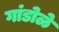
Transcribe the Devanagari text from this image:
गांडोळे